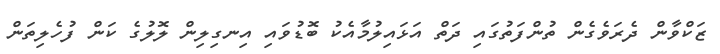
ޒަކްވާން ދެރަވެގެން ތުންފަތުގައި ދަތް އަޅައިލުމާއެކު ބޮޑުވައި އިނގިލިން ލޮލުގެ ކަން ފުހެލިތަން